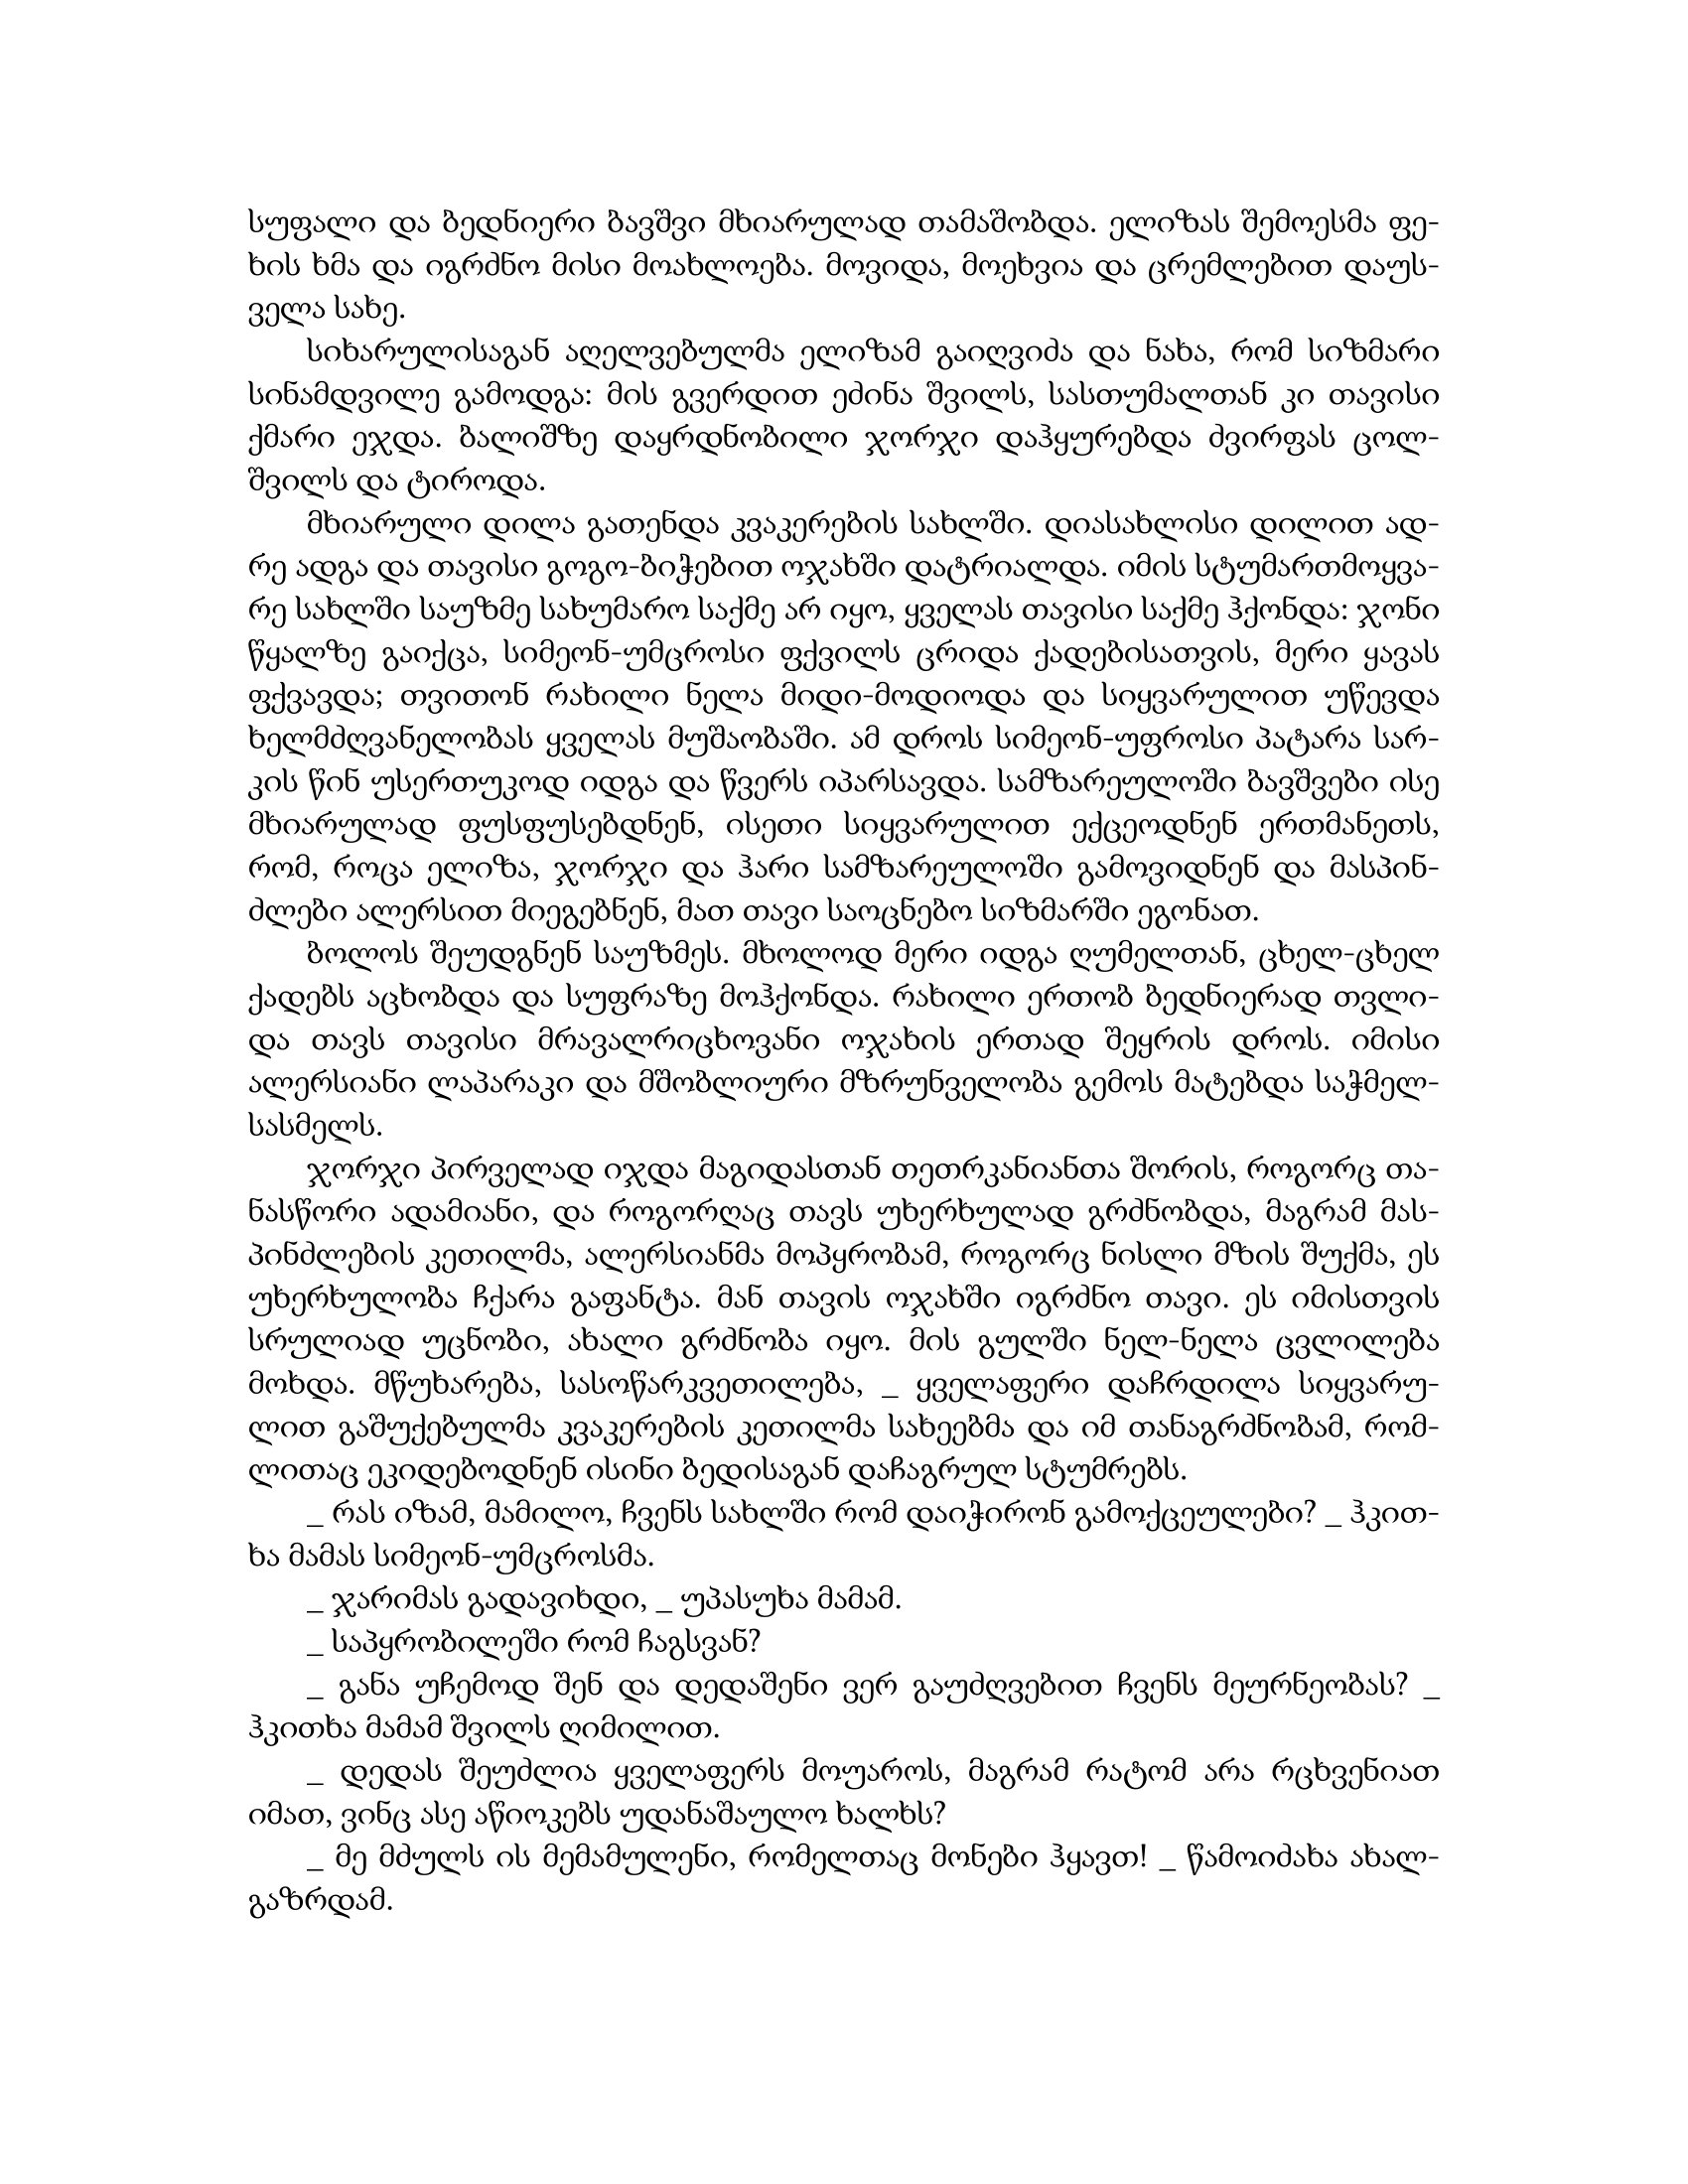
Language: gr